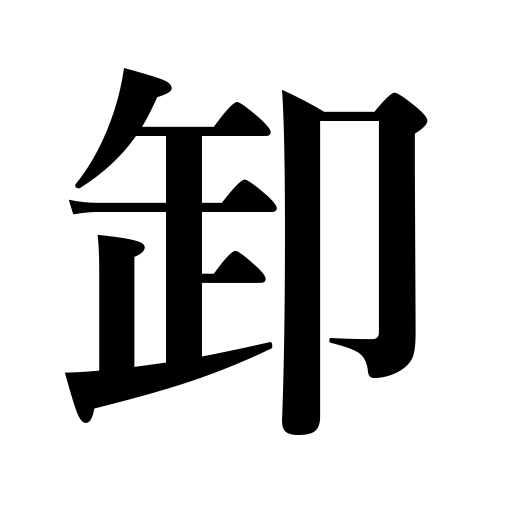
Meanings: grated vegetables,wholesale,sell at wholesale